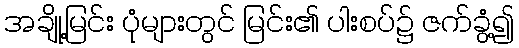
အချို့မြင်း ပုံများတွင် မြင်း၏ ပါးစပ်၌ ဇက်ခွံ့၍